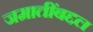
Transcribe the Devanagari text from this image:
जमातींबद्दल